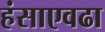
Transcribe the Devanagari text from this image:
हंसाएवढा